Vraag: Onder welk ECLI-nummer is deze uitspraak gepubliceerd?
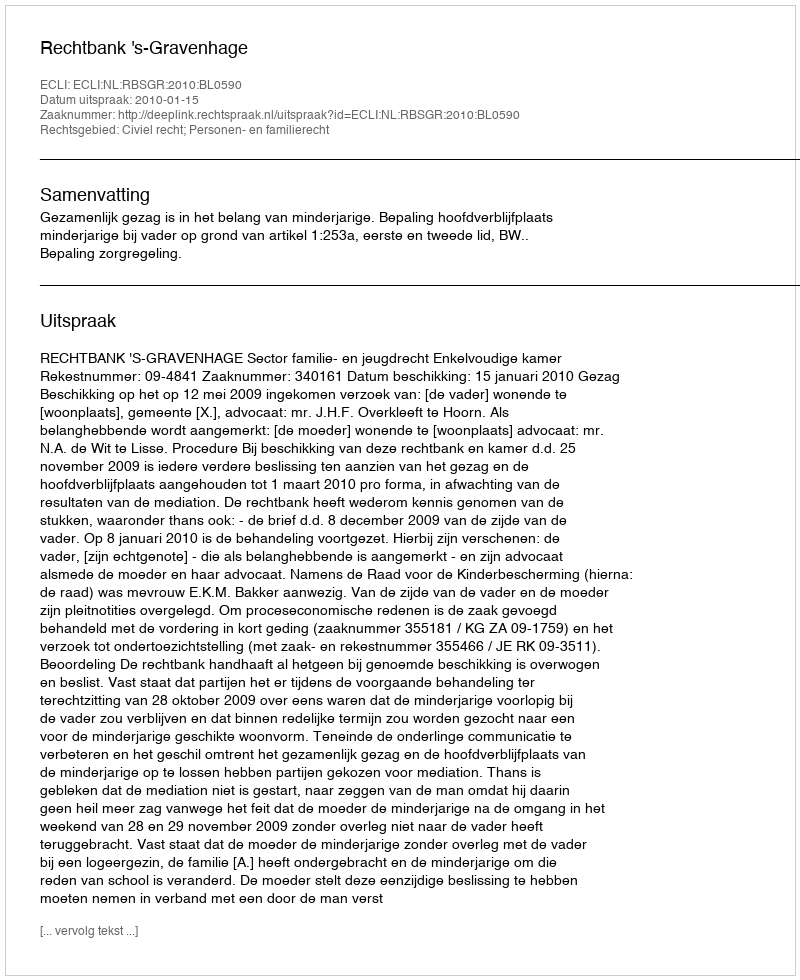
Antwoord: ECLI:NL:RBSGR:2010:BL0590